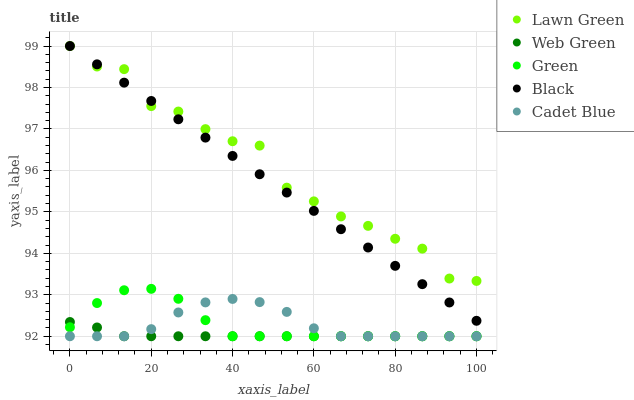
| xaxis_label | Lawn Green | Web Green | Green | Black | Cadet Blue |
 | --- | --- | --- | --- | --- | --- |
 | 0 | 99 | 92.3 | 92.2 | 99 | 92 |
 | 6.67 | 98.5 | 92.2 | 92.8 | 98.6 | 92 |
 | 13.3 | 98.4 | 92 | 93.1 | 98.1 | 92 |
 | 20 | 97.6 | 92 | 93.1 | 97.7 | 92.2 |
 | 26.7 | 97.4 | 92 | 92.9 | 97.2 | 92.6 |
 | 33.3 | 97 | 92 | 92.4 | 96.8 | 92.8 |
 | 40 | 96.7 | 92 | 92 | 96.3 | 92.9 |
 | 46.7 | 96.6 | 92 | 92 | 95.9 | 92.8 |
 | 53.3 | 95.6 | 92 | 92 | 95.5 | 92.6 |
 | 60 | 95.3 | 92 | 92 | 95 | 92.2 |
 | 66.7 | 94.9 | 92 | 92 | 94.6 | 92 |
 | 73.3 | 94.7 | 92 | 92 | 94.1 | 92 |
 | 80 | 94.4 | 92 | 92 | 93.7 | 92 |
 | 86.7 | 94.1 | 92 | 92 | 93.3 | 92 |
 | 93.3 | 93.4 | 92 | 92 | 92.8 | 92 |
 | 100 | 93.3 | 92 | 92 | 92.4 | 92 |